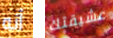
أنه عشيقتك